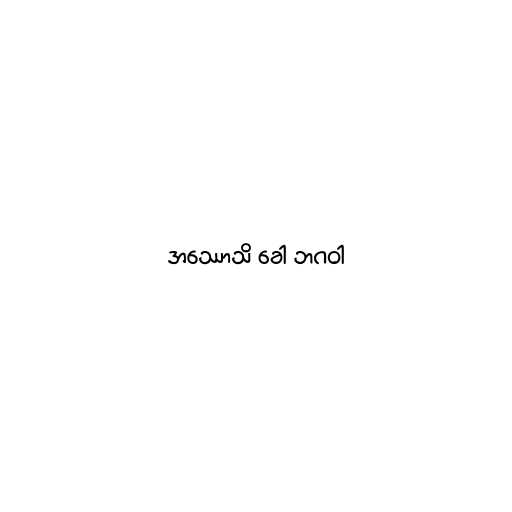
အဿောသိ ခေါ ဘဂဝါ